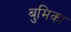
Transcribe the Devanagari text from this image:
बुमिका